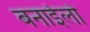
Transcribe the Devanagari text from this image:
बनाईलो